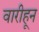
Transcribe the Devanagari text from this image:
वारीहून